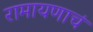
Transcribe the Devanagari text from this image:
रामायणाचं